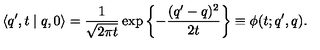
\langle q ^ { \prime } , t \mid q , 0 \rangle = \frac { 1 } { \sqrt { 2 \pi t } } \exp \left\{ - \frac { ( q ^ { \prime } - q ) ^ { 2 } } { 2 t } \right\} \equiv \phi ( t ; q ^ { \prime } , q ) .